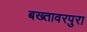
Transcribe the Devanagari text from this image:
बख्तावरपुरा